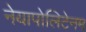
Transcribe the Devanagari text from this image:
नेयापोलिटेनम